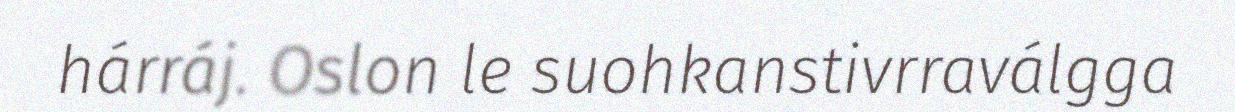
hárráj. Oslon le suohkanstivrraválgga